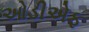
ઓડીએફ